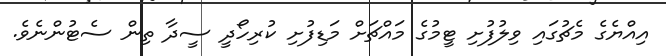
އިއްޔެގެ މެޗުގައި ވިލުފުށި ޓީމުގެ މައްޗަށް މަޑިފުށި ކުރިހޯދީ ސީދާ ތިން ސެޓުންނެވެ.